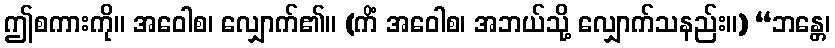
ဤစကားကို။ အဝေါစ၊ လျှောက်၏။ (ကိံ အဝေါစ၊ အဘယ်သို့ လျှောက်သနည်း။) “ဘန္တေ၊